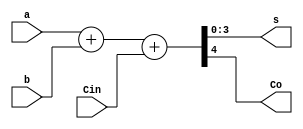
//Design:

module fbfull_adder(a,b,Cin,s,Co);
input [3:0]a,b;
input Cin;
output [3:0]s;
output Co;
assign {Co,s}=a+b+Cin;
endmodule

//Test Bench:

module fbfull_adder_tb();
reg [3:0]a,b;
reg Cin;
wire [3:0]s;
wire Co;
fbfull_adder f1(a,b,Cin,s,Co);
initial
begin
	$monitor($time," A=%b B=%b Cin=%b Sum=%b Co=%b",a,b,Cin,s,Co);
end
/*initial
begin
	a[0]=1'b0; 
*/
initial 
begin
a = 0;
b = 0;
Cin = 0;
#5;

a = 2;
b = 3;
Cin = 1;
#5;

a = 2;
b = 2;
Cin = 0;
#5;

end
initial 
begin
$dumpfile("fbfull_adder.dump");
$dumpvars(0,fbfull_adder_tb);
end
endmodule